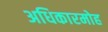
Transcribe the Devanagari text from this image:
अधिकारमोह